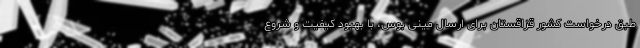
طبق درخواست کشور قزاقستان برای ارسال مینی بوس، با بهبود کیفیت و شروع